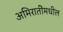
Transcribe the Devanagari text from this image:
अमिरातींमधील